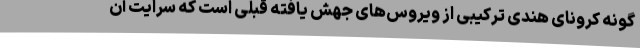
گونه کرونای هندی ترکیبی از ویروس‌های جهش یافته قبلی است که سرایت آن